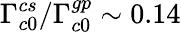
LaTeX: \Gamma_{c0}^{cs}/\Gamma_{c0}^{gp}\sim 0.14